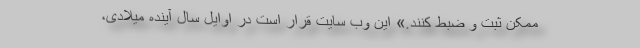
ممکن ثبت و ضبط کنند.» این وب سایت قرار است در اوایل سال آینده میلادی،